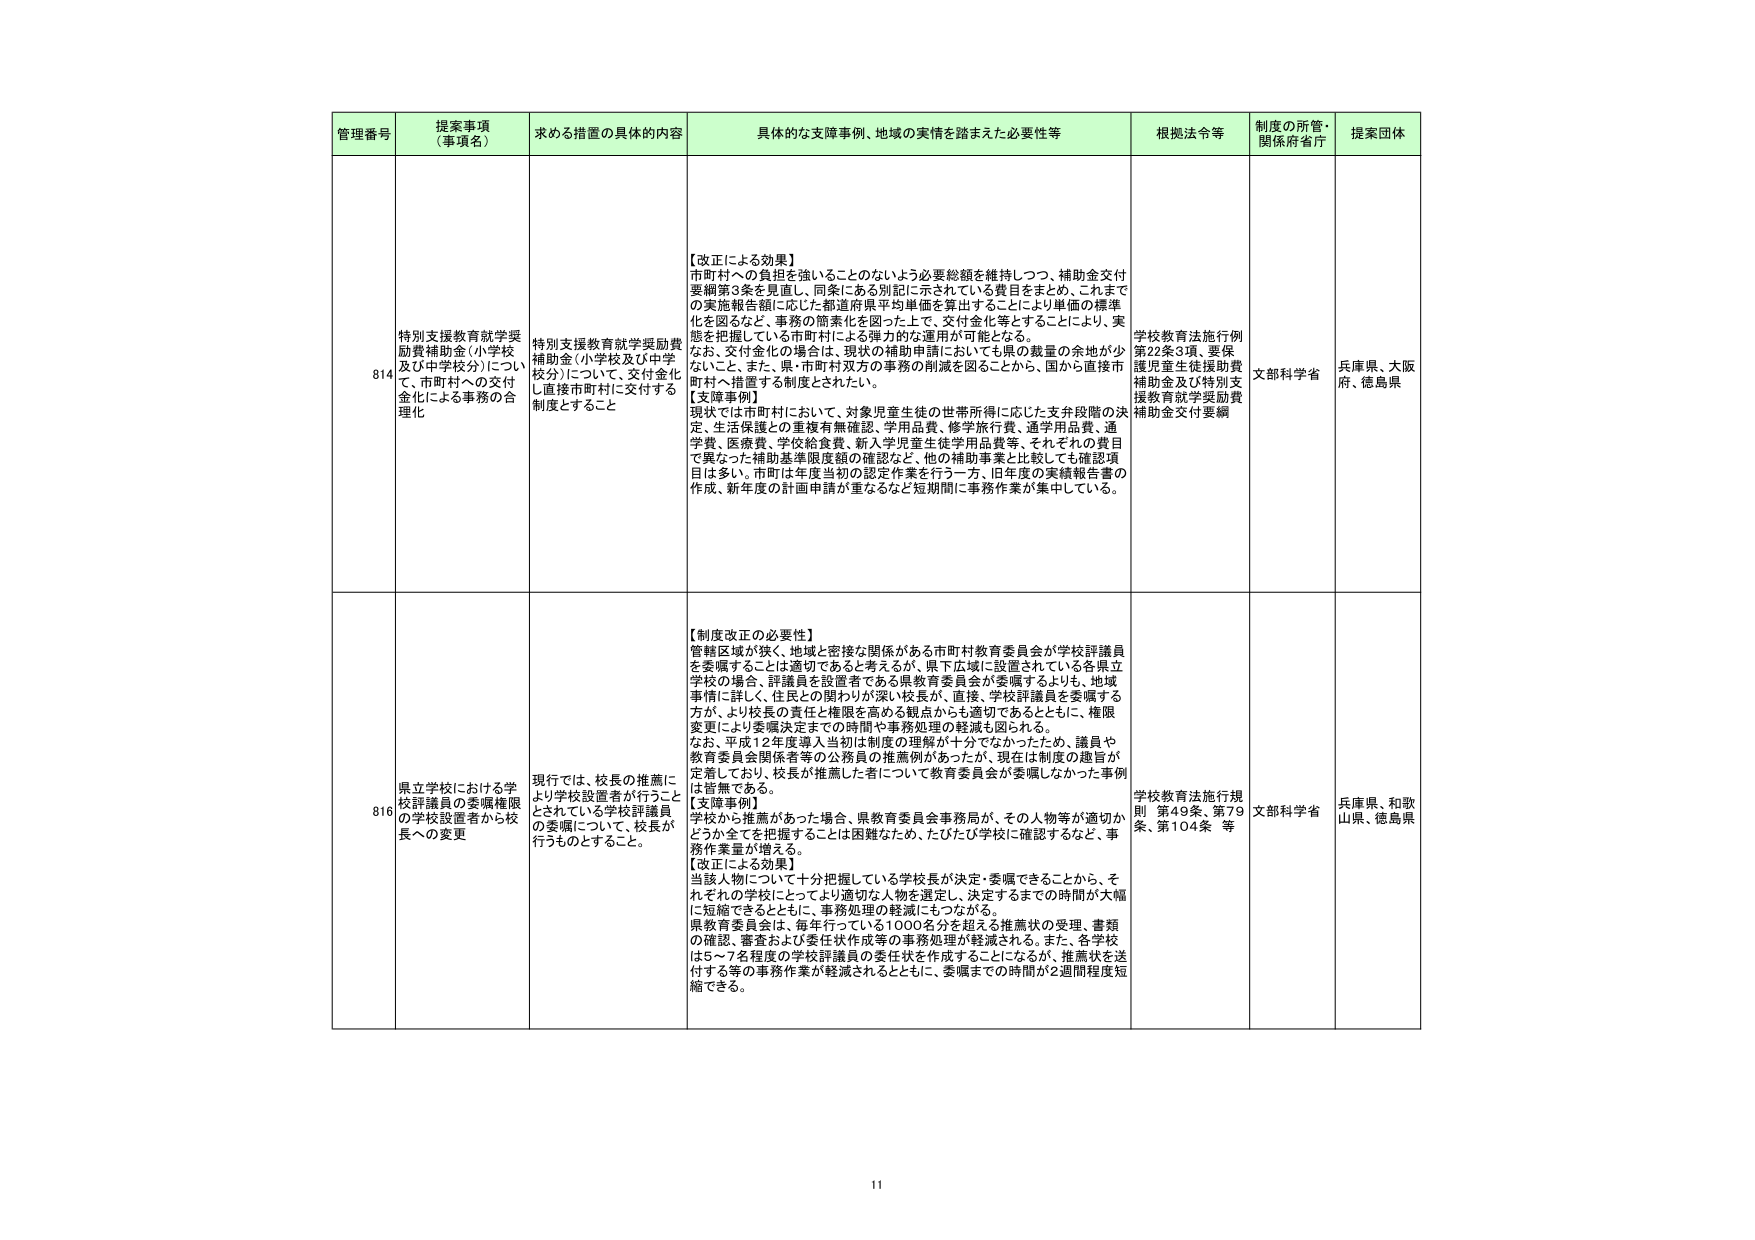
管理番号 提案事項（事項名） 求める措置の具体的内容 具体的な支障事例、地域の実情を踏まえた必要性等 根拠法令等 制度の所管・関係府省庁 提案団体

814 特別支援教育就学奨励費補助金（小学校及び中学校分）について、市町村への交付金化による事務の合理化 特別支援教育就学奨励費補助金（小学校及び中学校分）について、交付金化し直接市町村に交付する制度とすること 【改正による効果】 市町村への負担を強いることのないよう必要総額を維持しつつ、補助金交付要綱第3条を見直し、同条にある別記に示されている費目をまとめ、これまでの実施報告額に応じた都道府県平均単価を算出することにより単価の標準化を図るなど、事務の簡素化を図った上で、交付金化等とすることにより、実態を把握している市町村による弾力的な運用が可能となる。 なお、交付金化の場合は、現状の補助申請においても県の裁量の余地が少ないこと、また、県・市町村双方の事務の削減を図ることから、国から直接市町村へ措置する制度とされた。 【支障事例】 現状では市町村において、対象児童生徒の世帯所得に応じた支弁段階の決定、生活保護との重複有無確認、学用品費、修学旅行費、通学用品費、通学費、医療費、学校給食費、新入学児童生徒学用品費等、それぞれの費目で異なった補助基準限度額の確認など、他の補助事業と比較しても確認項目は多い。市町は年度当初の認定作業を行う一方、旧年度の実績報告書の作成、新年度の計画申請が重なるなど短期間に事務作業が集中している。 学校教育法施行例 第22条3項、要保護児童生徒援助費補助金及び特別支援教育就学奨励費補助金交付要綱 文部科学省 兵庫県、大阪府、徳島県

816 県立学校における学校評議員の委嘱権限の学校設置者から校長への変更 現行では、校長の推薦により学校設置者が行うこととされている学校評議員の委嘱について、校長が行うものとすること。 【制度改正の必要性】 管轄区域が狭く、地域と密接な関係がある市町村教育委員会が学校評議員を委嘱することは適切であると考えるが、県下広域に設置されている各県立学校の場合、評議員を設置者である県教育委員会が委嘱するよりも、地域事情に詳しく、住民との関わりが深い校長が、直接、学校評議員を委嘱する方が、より校長の責任と権限を高める観点からも適切であるとともに、権限変更により委嘱決定までの時間や事務処理の軽減も図られる。 なお、平成12年度導入当初は制度の理解が十分でなかったため、議員や教育委員会関係者等の公務員の推薦例があったが、現在は制度の趣旨が定着しており、校長が推薦した者について教育委員会が委嘱しなかった事例は皆無である。 【支障事例】 学校から推薦があった場合、県教育委員会事務局が、その人物等が適切かどうか全てを把握することは困難なため、たびたび学校に確認するなど、事務作業量が増える。 【改正による効果】 当該人物について十分把握している学校長が決定・委嘱できることから、それぞれの学校にとってより適切な人物を選定し、決定するまでの時間が大幅に短縮できるとともに、事務処理の軽減にもつながる。 県教育委員会は、毎年行っている1000名分を超える推薦状の受理、書類の確認、審査および委任状作成等の事務処理が軽減される。また、各学校は5～7名程度の学校評議員の委任状を作成することになるが、推薦状を送付する等の事務作業が軽減されるとともに、委嘱までの時間が2週間程度短縮できる。 学校教育法施行規則 第49条、第79条、第104条 等 文部科学省 兵庫県、和歌山県、徳島県

11